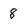
Character: 8